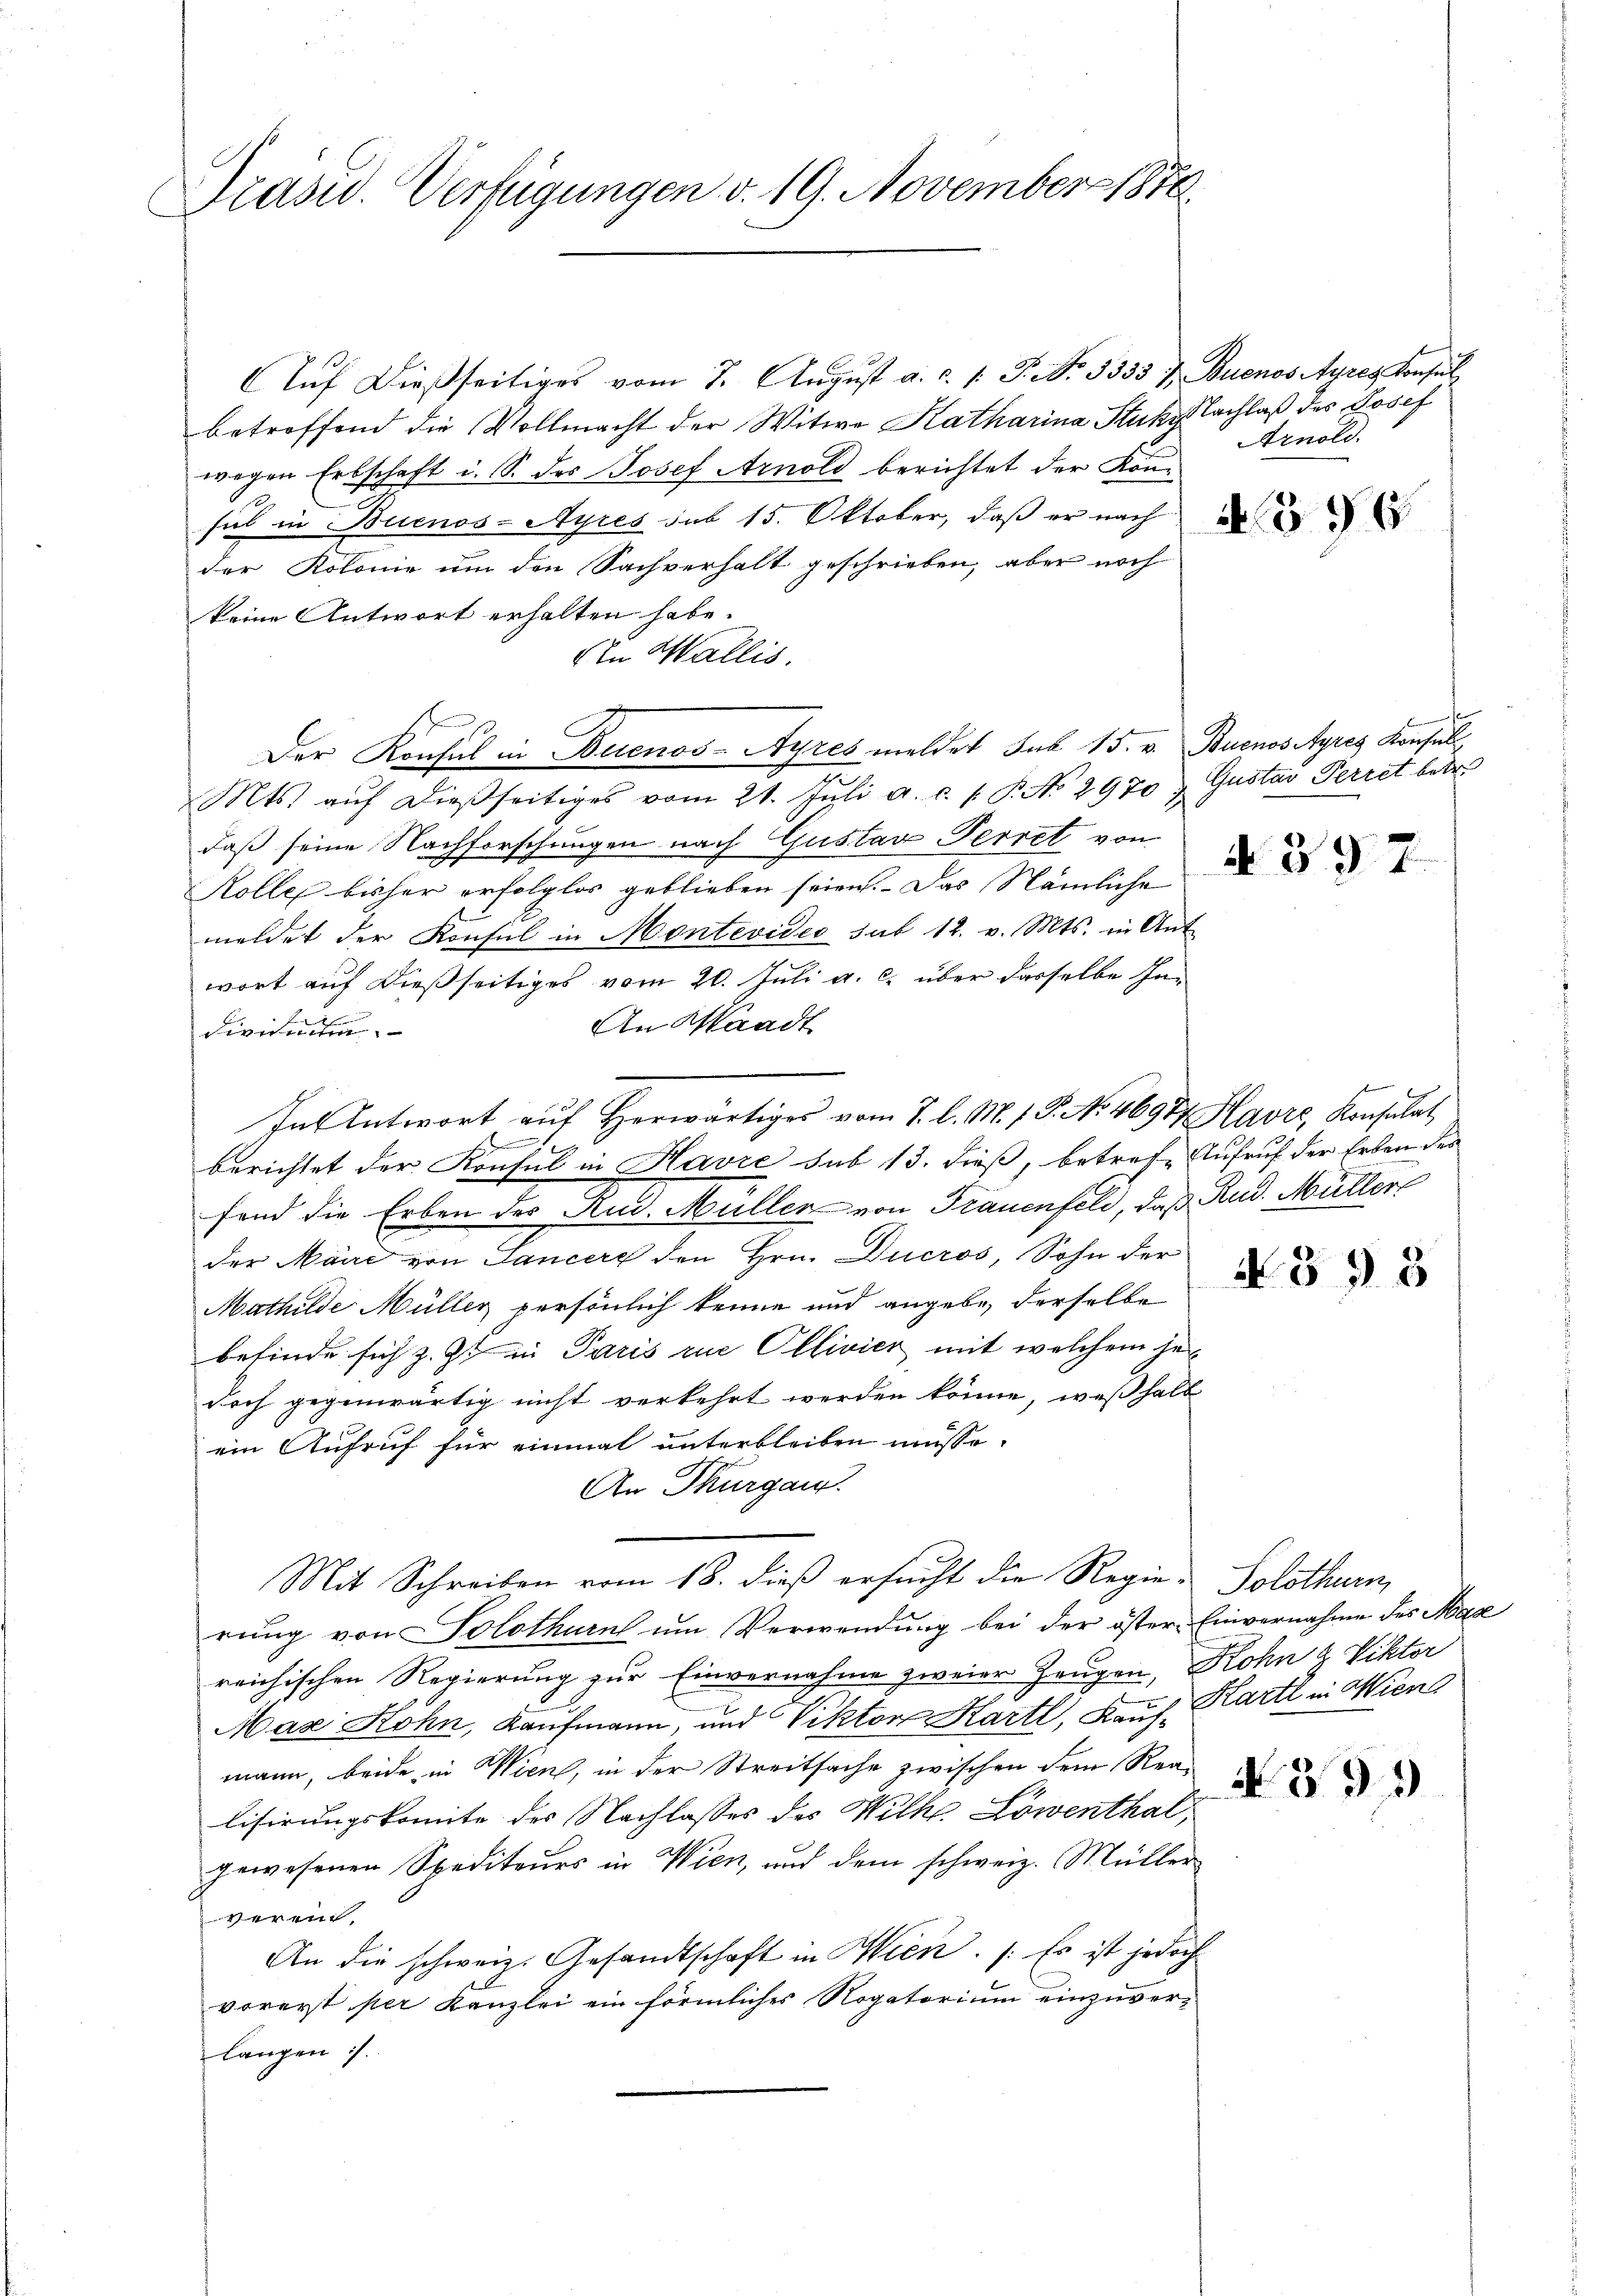
Trasw. Verfügungen v. 19. November 1876

Aŭf dießseitiges vom 7. August a. c. l. J. No. 3333 & Buenos Ayres Konsul
betreffend die Vollmacht der Witwe Katharina Stuk Nachlaß des Josef
wegen Erbschaft i. S. des Josef Arnold berichtet der Konsul in Buenos-Ayres sub 15. Oktober, daß er nach
der Kolonie um den Sachverhalt geschrieben, aber noch
keine Antwort erhalten habe.
den Wallis.
1
Der Konsul in Buenos-Ayres meldet sub 15. v. Buenos Ayres Konsul
Mts. aŭf dießseitiges vom 21. Jŭli a. c. 1 P. No 2970 & Gustav Perret betr.
daß seine Nachforschungen nach Gustav Perret von
Kolle bisher erfolglos geblieben seien. Das Nämliche
meldet der Konsul in Montevideo sub 12. v. Mts. in Ant
wort auf dießseitiges vom 20. Juli a. c. über dasselbe In¬
An Waadt
Divisierten.
In Antwort auf Herwärtiges vom 7. l. M. f. P. No. 46977 Havre, Konsulat
berichtet der Konsul in Havre sub 13. dieß, betrefe Aufruf der Erben des
fend die Erben des Rud. Müller von Frauenfeld, daß Rud. Müller
der Maire von Ganzer den Hrn. Ducros, Sohn der
Mathilde Müller persönlich kenne und angebe, derselbe
befinde sich z. Z. in Paris zur Ollivier mit welchem je
doch gegenwärtig nicht verkehrt werden könne, weßhalb
ein Aufruf für einmal unterbleiben müsse.
An Thurgau.
Mit Schreiben vom 18. dieß ersucht die Regie-Solothurn
rung von Solothurn um Verwendung bei der öster Einvernahme des Mad
reichischen Regierung zur Einvernahme zweier Zeugen, Rohn & Viktor
Max Rohn, Kaufmann, und Viktor Hartl, Kauf. Hartl in Wien
mann, beide in Wien, in der Streitsache zwischen dem Realisirungskomite des Nachlasses des Wilke. Löwenthal,
gewesenen Spediteurs in Wien, und dem schweiz. Müller
verein.
An die schweiz. Gesandtschaft in Wien. /: Es ist jedoch
vorerst per Kanzlei ein förmliches Rogatorium einzuverlangen :/.

Arnold.

A 395

N 397.

N 399